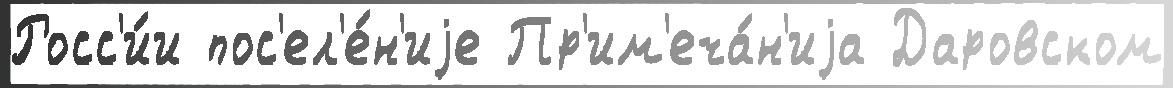
Росс'и́и пос'ел'е́н'иjе Пр'им'еча́н'иjа Даровском